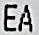
EA